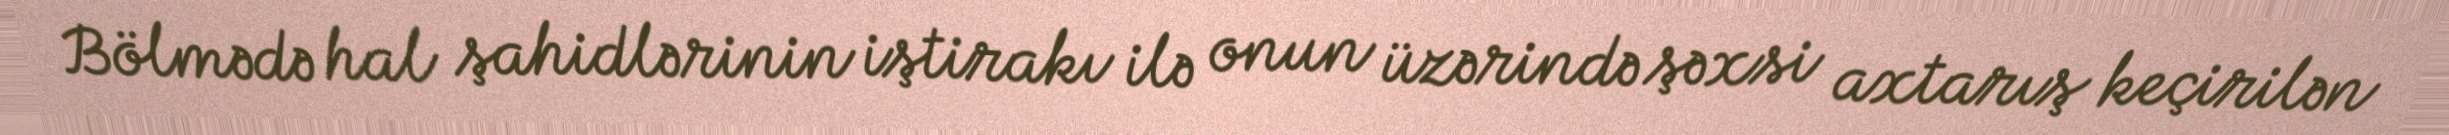
Bölmədə hal şahidlərinin iştirakı ilə onun üzərində şəxsi axtarış keçirilən